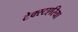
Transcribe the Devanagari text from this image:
टेक्स्टएरिया